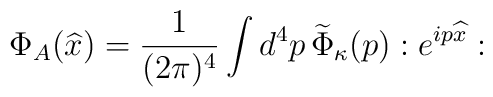
\Phi_{A}(\widehat{x}) ={1\over (2\pi)^{4}} \int d^{4} p \,\widetilde{\Phi}_{\kappa}(p) :e^{ip\widehat{x}}: